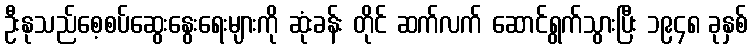
ဦးနုသည်စေ့စပ်ဆွေးနွေးရေးများကို ဆုံးခန်း တိုင် ဆက်လက် ဆောင်ရွက်သွားပြီး ၁၉၄၈ ခုနှစ်